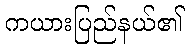
ကယားပြည်နယ်၏